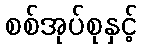
စစ်အုပ်စုနှင့်